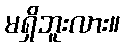
မရှိဘူးလား။